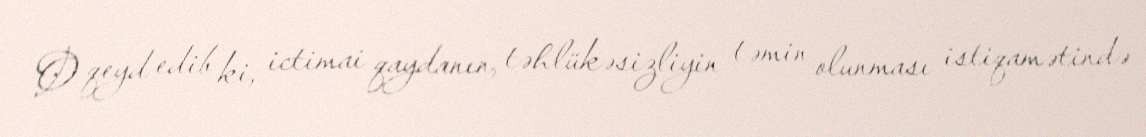
O qeyd edib ki, ictimai qaydanın, təhlükəsizliyin təmin olunması istiqamətində